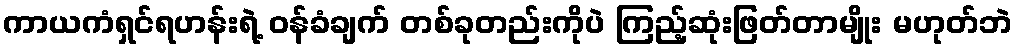
ကာယကံရှင်ရဟန်းရဲ့ ဝန်ခံချက် တစ်ခုတည်းကိုပဲ ကြည့်ဆုံးဖြတ်တာမျိုး မဟုတ်ဘဲ